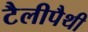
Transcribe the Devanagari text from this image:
टैलीपैथी